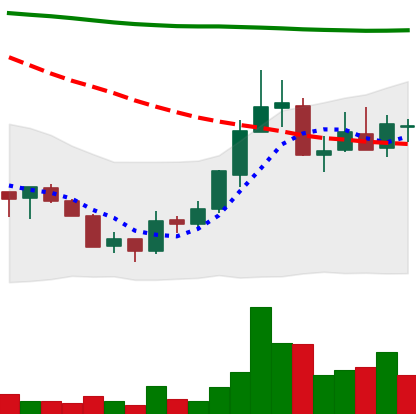
Ticker: ADA-USD
Chart end date: 2018-07-25
Forward return: -10.794%
Label: down_7plus